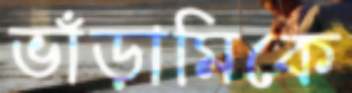
ভাঁড়ামিকে